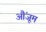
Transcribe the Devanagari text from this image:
औंजूम